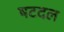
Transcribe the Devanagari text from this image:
षटदल